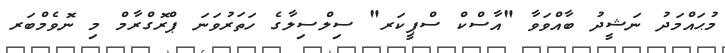
މުޙައްމަދު ނަޝީދު ބާއްވަވާ "އާސްކް ސްޕީކަރ" ސިލްސިލާގެ ހަތަރުވަނަ ޕްރޮގްރާމް މި ނޮވެމްބަރ